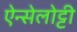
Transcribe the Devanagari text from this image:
ऐन्सेलोट्टी